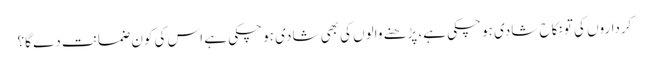
کرداروں کی تو نکاح شادی ہو چکی ہے، پڑھنے والوں کی بھی شادی ہو چکی ہے اس کی کون ضمانت دے گا؟